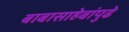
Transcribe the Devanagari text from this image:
बाबासाहेबांपुढे